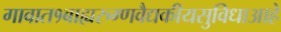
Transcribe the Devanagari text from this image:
गावात१बाह्यरुग्णवैद्यकीयसुविधाआहे